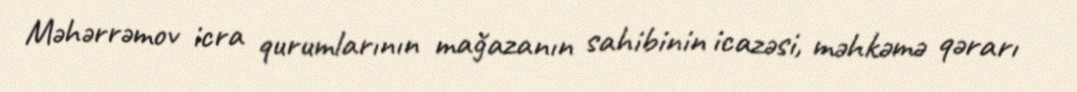
Məhərrəmov icra qurumlarının mağazanın sahibinin icazəsi, məhkəmə qərarı